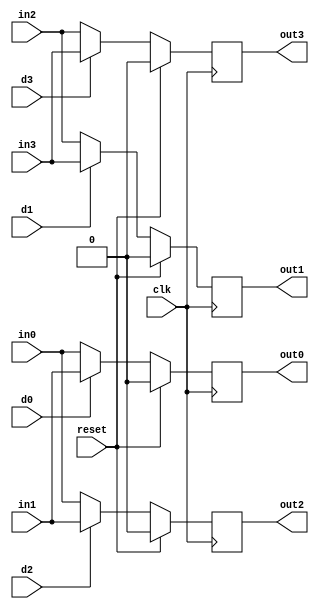
/*
 Andrew Mattheisen 
 Zhiyang Ong 

 EE-577b 2007 fall
 VITERBI DECODER 
 spdu module
*/

module spdu (in0, in1, in2, in3, d0, d1, d2, d3,
    	       out0, out1, out2, out3, clk, reset);

   // outputs
   output  	out0, out1, out2, out3;
   
   // inputs
   input  	in0, in1, in2, in3;
   input 	d0, d1, d2, d3; 
   input 	clk, reset;
   
   // registers
   reg   	w0, w1, w2, w3;
   reg		out0, out1, out2, out3;

   always @ (d0 or d1 or d2 or d3 or in0 or in1 or in2 or in3)
	 begin
		w0  <= d0?in1:in0; // select 0 or 1
		w1  <= d1?in3:in2; // select 2 or 3
		w2  <= d2?in1:in0; // select 0 or 1
		w3  <= d3?in3:in2; // select 2 or 3
	 end // always @ (d0 or d1 or d2 or d3 or in0 or in1 or in2 or in3)


   always @ (posedge clk)
	 begin
		if (reset)
		  begin
		    out0 <= 1'b0;
		    out1 <= 1'b0;
		    out2 <= 1'b0;
		    out3 <= 1'b0;
		  end
		else
		  begin
		    out0 <= w0;
		    out1 <= w1;
		    out2 <= w2;
		    out3 <= w3;
		  end
	 end // always @ (posedge clk)


endmodule